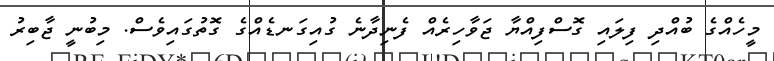
މީހެއްގެ ބުއްދި ފިލައި ގޮސްފިއްޔާ ޖަވާހިރެއް ފެނިދާނެ ގުއިގަނޑެއްގެ ގޮތުގައިވެސް. މިބުނީ ޖާބިރު